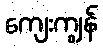
ကျေးကျွန်